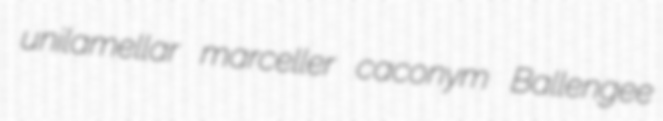
unilamellar marceller caconym Ballengee